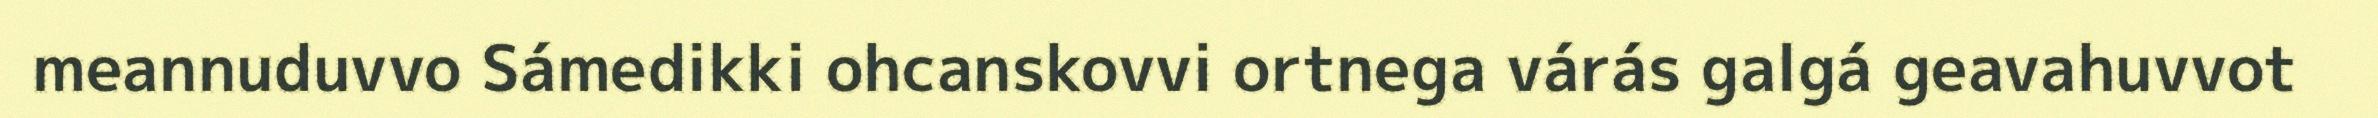
meannuduvvo Sámedikki ohcanskovvi ortnega várás galgá geavahuvvot